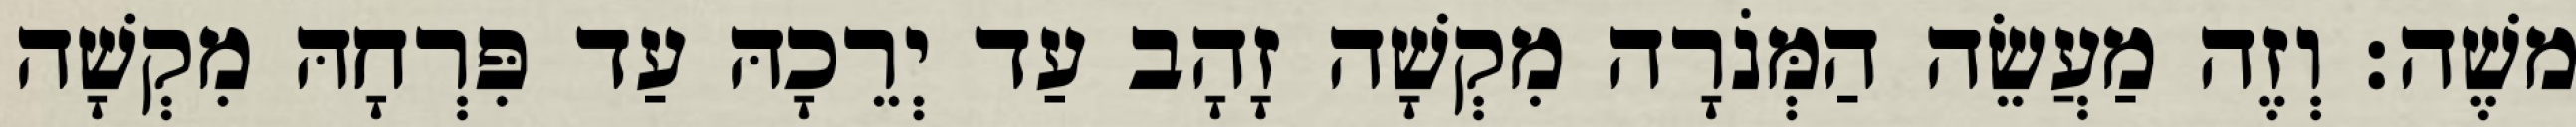
משֶׁה׃ וְזֶה מַעֲשֵׂה הַמְּנֹרָה מִקְשָׁה זָהָב עַד יְרֵכָהּ עַד פִּרְחָהּ מִקְשָׁה